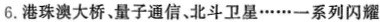
6.港珠澳大桥、量子通信、北斗卫······一系列闪耀